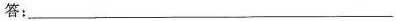
答：___